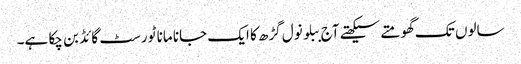
سالوں تک گھومتے سیکھتے آج ببلو نول گڑھ کا ایک جانا مانا ٹورسٹ گائڈ بن چکا ہے۔